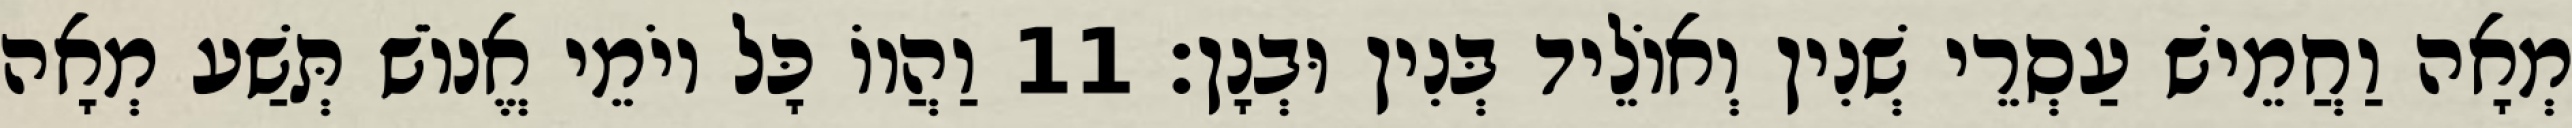
מְאָה וַחֲמֵישׁ עַסְרֵי שְׁנִין וְאוֹלֵיד בְּנִין וּבְנָן׃ 11 וַהֲווֹ כָּל יוֹמֵי אֱנוֹשׁ תְּשַׁע מְאָה